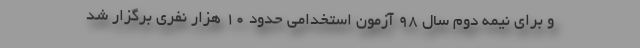
و برای نیمه دوم سال ۹۸ آزمون استخدامی حدود ۱۰ هزار نفری برگزار شد